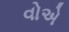
વોએ